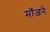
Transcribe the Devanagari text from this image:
माँजने